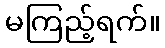
မကြည့်ရက်။